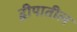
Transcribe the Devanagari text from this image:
द्वीपातील